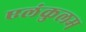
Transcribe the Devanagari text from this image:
एलंकुलम